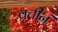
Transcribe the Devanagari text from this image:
वृत्तीनं